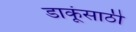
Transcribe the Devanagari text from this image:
डाकूंसाठी